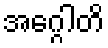
အဂ္ဂေါတိ